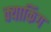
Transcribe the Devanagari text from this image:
क्याकिंग